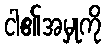
ငါ၏အမှုကို